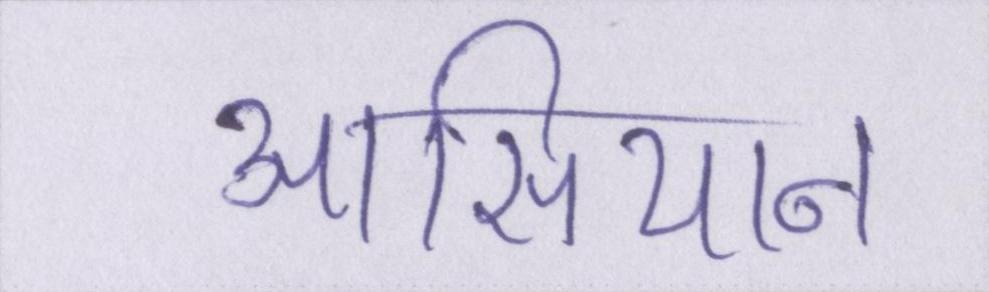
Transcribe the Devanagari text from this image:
आसियान